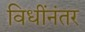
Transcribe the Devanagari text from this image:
विधींनंतर